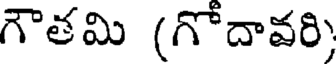
గౌతమి (గోదావరి)